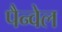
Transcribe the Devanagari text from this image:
पैन्वेल